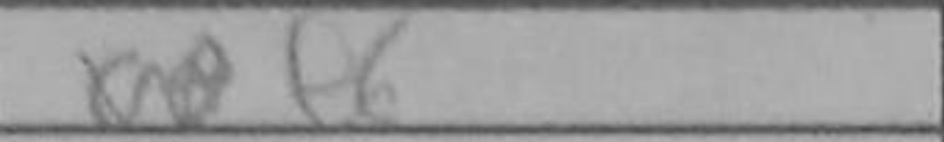
Transcription: e6